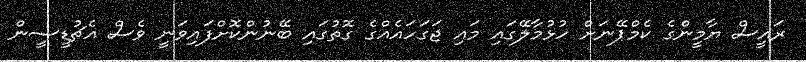
ރައީސް ޔާމީންގެ ކެމްޕޭނަށް ހުޅުމާލޭގައި މައި ޖަގަހައެއްގެ ގޮތުގައި ބޭނުންކޮށްފައިވަނީ ވެސް އެޗުޑީސީން